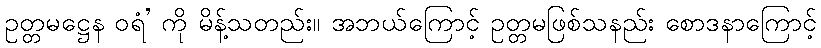
ဥတ္တမဋ္ဌေန ဝရံ’ ကို မိန့်သတည်း။ အဘယ်ကြောင့် ဥတ္တမဖြစ်သနည်း စောဒနာကြောင့်